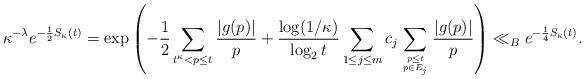
LaTeX: \begin{align*}\kappa^{-\lambda} e^{-\frac{1}{2}S_{\kappa}(t)} = \exp\left(-\frac{1}{2}\sum_{t^{\kappa} < p \leq t} \frac{|g(p)|}{p} + \frac{\log(1/\kappa)}{\log_2 t} \sum_{1 \leq j \leq m} c_j\sum_{p \leq t \atop p \in E_j}\frac{|g(p)|}{p}\right) \ll_B e^{-\frac{1}{4}S_{\kappa}(t)}. \end{align*}